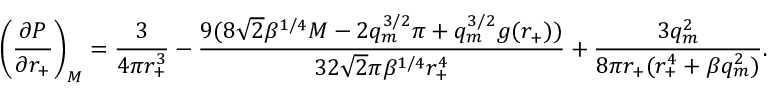
\left( \frac { \partial P } { \partial r _ { + } } \right) _ { M } = \frac { 3 } { 4 \pi r _ { + } ^ { 3 } } - \frac { 9 ( 8 \sqrt { 2 } \beta ^ { 1 / 4 } M - 2 q _ { m } ^ { 3 / 2 } \pi + q _ { m } ^ { 3 / 2 } g ( r _ { + } ) ) } { 3 2 \sqrt { 2 } \pi \beta ^ { 1 / 4 } r _ { + } ^ { 4 } } + \frac { 3 q _ { m } ^ { 2 } } { 8 \pi r _ { + } ( r _ { + } ^ { 4 } + \beta q _ { m } ^ { 2 } ) } .